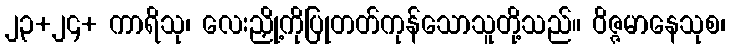
၂၃+၂၄+ ကာရိသု၊ လေးညှို့ကိုပြုတတ်ကုန်သောသူတို့သည်။ ဝိဇ္ဇမာနေသုစ၊